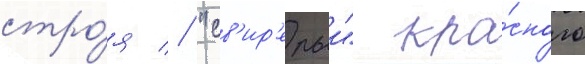
стро́я // "св'ир'епыи" кра́сного